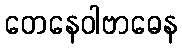
တေနေဝါဗာဓေန